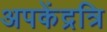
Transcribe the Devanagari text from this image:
अपकेंद्रत्रि